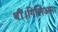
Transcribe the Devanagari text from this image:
थीं।गिलिअम